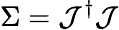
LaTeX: \Sigma={\mathcal{J}}^{\dagger}{\mathcal{J}}